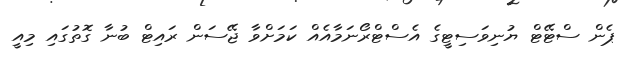
ޕެން ސްޓޭޓް ޔުނިވަސިޓީގެ އެސްޓްރޯނަމާއެއް ކަމަށްވާ ޖޭސަން ރައިޓް ބުނާ ގޮތުގައި މިއީ